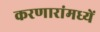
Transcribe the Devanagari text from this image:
करणारांमध्यें